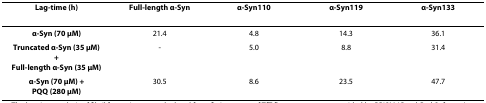
<table><thead><tr><td><b>Lag-time (h)</b></td><td><b>Full-length α-Syn</b></td><td><b>α-Syn110</b></td><td><b>α-Syn119</b></td><td><b>α-Syn133</b></td></tr></thead><tbody><tr><td><b>α-Syn (70 μM)</b></td><td>21.4</td><td>4.8</td><td>14.3</td><td>36.1</td></tr><tr><td><b>Truncated α-Syn (35 μM) +</b><b>Full-length α-Syn (35 μM)</b></td><td>-</td><td>5.0</td><td>8.8</td><td>31.4</td></tr><tr><td><b>α-Syn (70 μM) +</b><b>PQQ (280 μM)</b></td><td>30.5</td><td>8.6</td><td>23.5</td><td>47.7</td></tr></tbody></table>